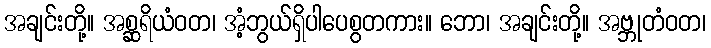
အချင်းတို့။ အစ္ဆရိယံဝတ၊ အံ့ဘွယ်ရှိပါပေစွတကား။ ဘော၊ အချင်းတို့။ အဗ္ဘုတံဝတ၊